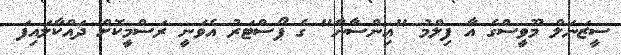
ސީޒަނަލް މޫވީސްގެ އާ ފިލްމު "އިންސާނާ" ގެ ޕޯސްޓަރު އެވަނީ ރަސްމީކޮށް ދައްކާލައިފަ